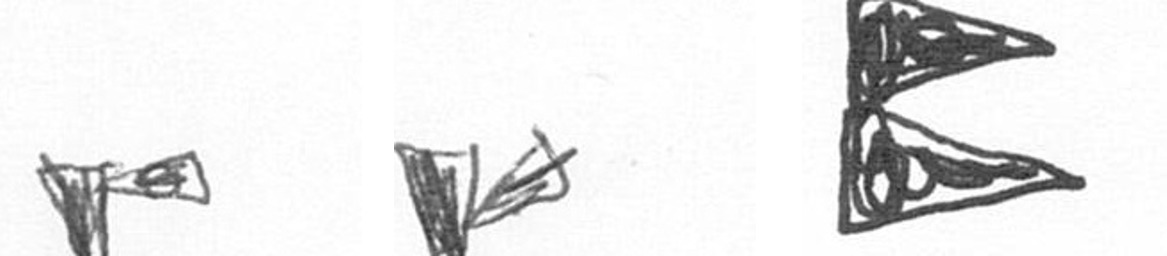
F F P